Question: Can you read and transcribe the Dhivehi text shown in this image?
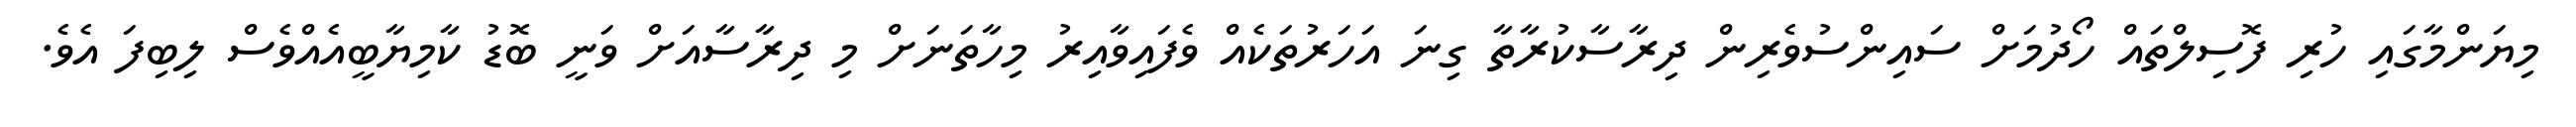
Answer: މިޔަންމާގައި ހުރި ފޮސިލްތައް ހޯދުމަށް ސައިންސުވެރިން ދިރާސާކުރާތާ ގިނަ އަހަރުތަކެއް ވެފައިވާއިރު މިހާތަނަށް މި ދިރާސާއަށް ވަނީ ބޮޑު ކާމިޔާބީއެއްވެސް ލިބިފަ އެވެ.